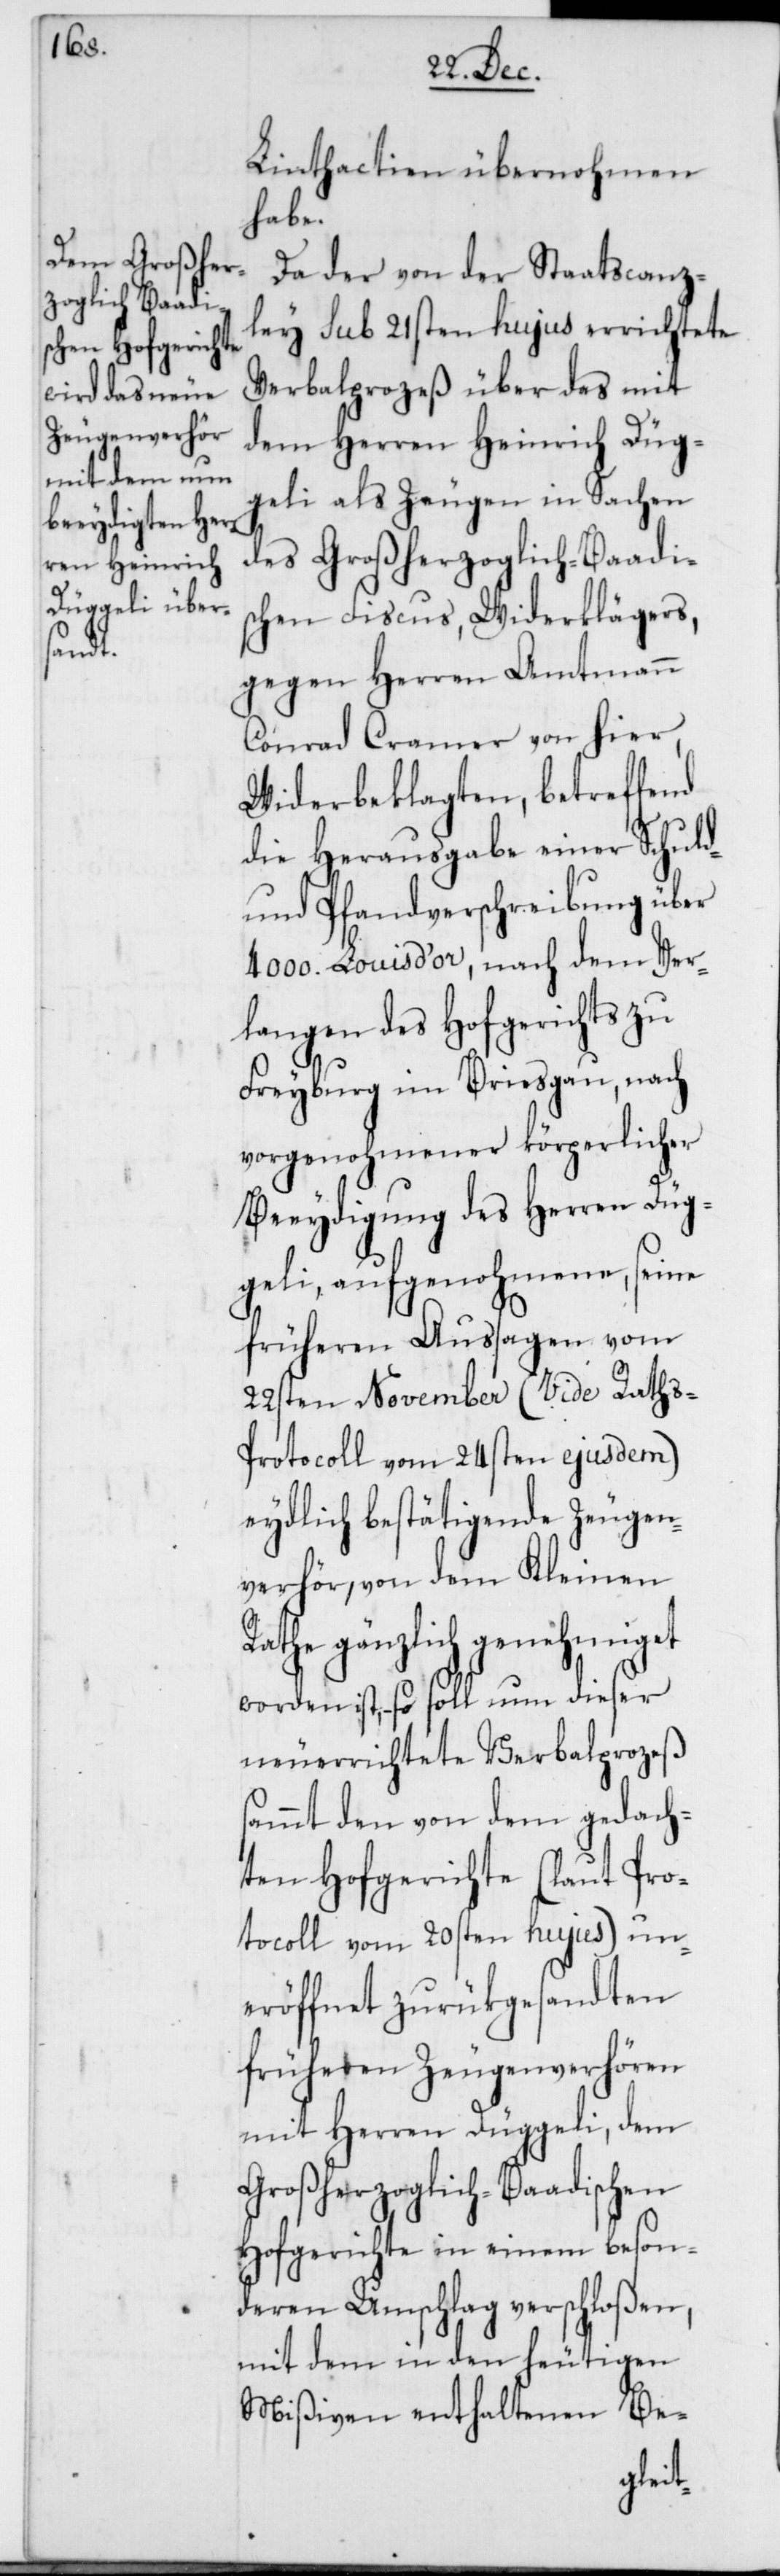
Linthactien übernohmen
Da der von der Staatscanz¬
ley sub 21sten hujus errichtete
Verbalprozeß über das mit
dem Herren Heinrich Düg¬
geli als Zeugen in Sachen
des Großherzoglich-Baadis¬
chen Fiscus, Widerklägers,
gegen Herren Amtmann
Conrad Cramer von hier,
Widerbeklagten, betreffend
die Herausgabe einer Schuld-
und Pfandverschreibung über
4000. Louis d’or, nach dem Ver¬
langen des Hofgerichts zu
Freyburg im Breisgau, nach
vorgenohmener körperlicher
Beeidigung des Herren Düg¬
geli, aufgenohmene, seine
früheren Aussagen vom
22sten November (Vide Raths-P¬
rotocoll vom 24sten ejusdem)
eydlich bestätigende Zeugen¬
verhör, von dem Kleinen
Rathe gänzlich genehmiget
worden ist, – so soll nun dieser
neuerrichtete Verbalprozeß
sammt den von dem gedach¬
ten Hofgerichte (laut Pro¬
tocoll vom 20sten hujus) un¬
eröffnet zurükgesandten
früheren Zeugenverhören
mit Herren Düggeli, dem
Großherzoglich-Baadischen
Hofgerichte in einem beson¬
deren Umschlag verschloßen,
mit dem in den heutigen
Mißiven enthaltenen Be-